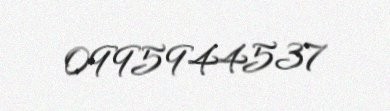
0995944537